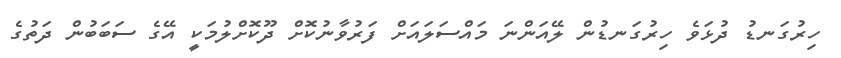
ހިރުގަނޑު ދުޅަވެ ހިރުގަނޑުން ލޭއަންނަ މައްސަލައަށް ފަރުވާނުކޮށް ދޫކޮށްލުމަކީ އޭގެ ސަބަބުން ދަތުގެ